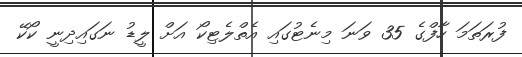
ފުރަތަމަ ހާފްގެ 35 ވަނަ މިނެޓުގައި އެތްލެޓިކޯ އަށް ލީޑު ނަގައިދިނީ ކޯކޭ